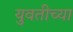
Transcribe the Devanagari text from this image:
युवतीच्या